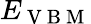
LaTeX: E_{\mathrm{~V~B~M~}}